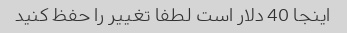
اینجا 40 دلار است لطفا تغییر را حفظ کنید